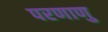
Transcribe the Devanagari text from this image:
परणाणु